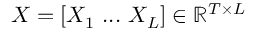
\boldsymbol { X } = [ X _ { 1 } \ . . . \ X _ { L } ] \in \mathbb { R } ^ { T \times L }